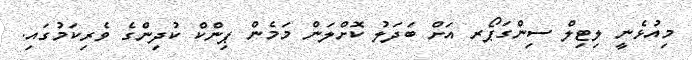
މިއުޅެނީ ލިޓިލް ސިންގަޕޯރ އަށް ބަދަލު ކޮށްލަން މަމެން ޕިންކް ކުދިންގެ ވެރިކަމުގައި.